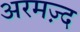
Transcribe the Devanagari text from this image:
अरमज़्द